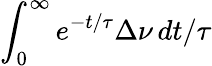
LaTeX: \int_{0}^{\infty}e^{-t/\tau}\Delta\nu\, dt/\tau